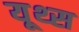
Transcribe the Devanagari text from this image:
यूथ्स